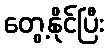
တွေ့နိုင်ပြီး